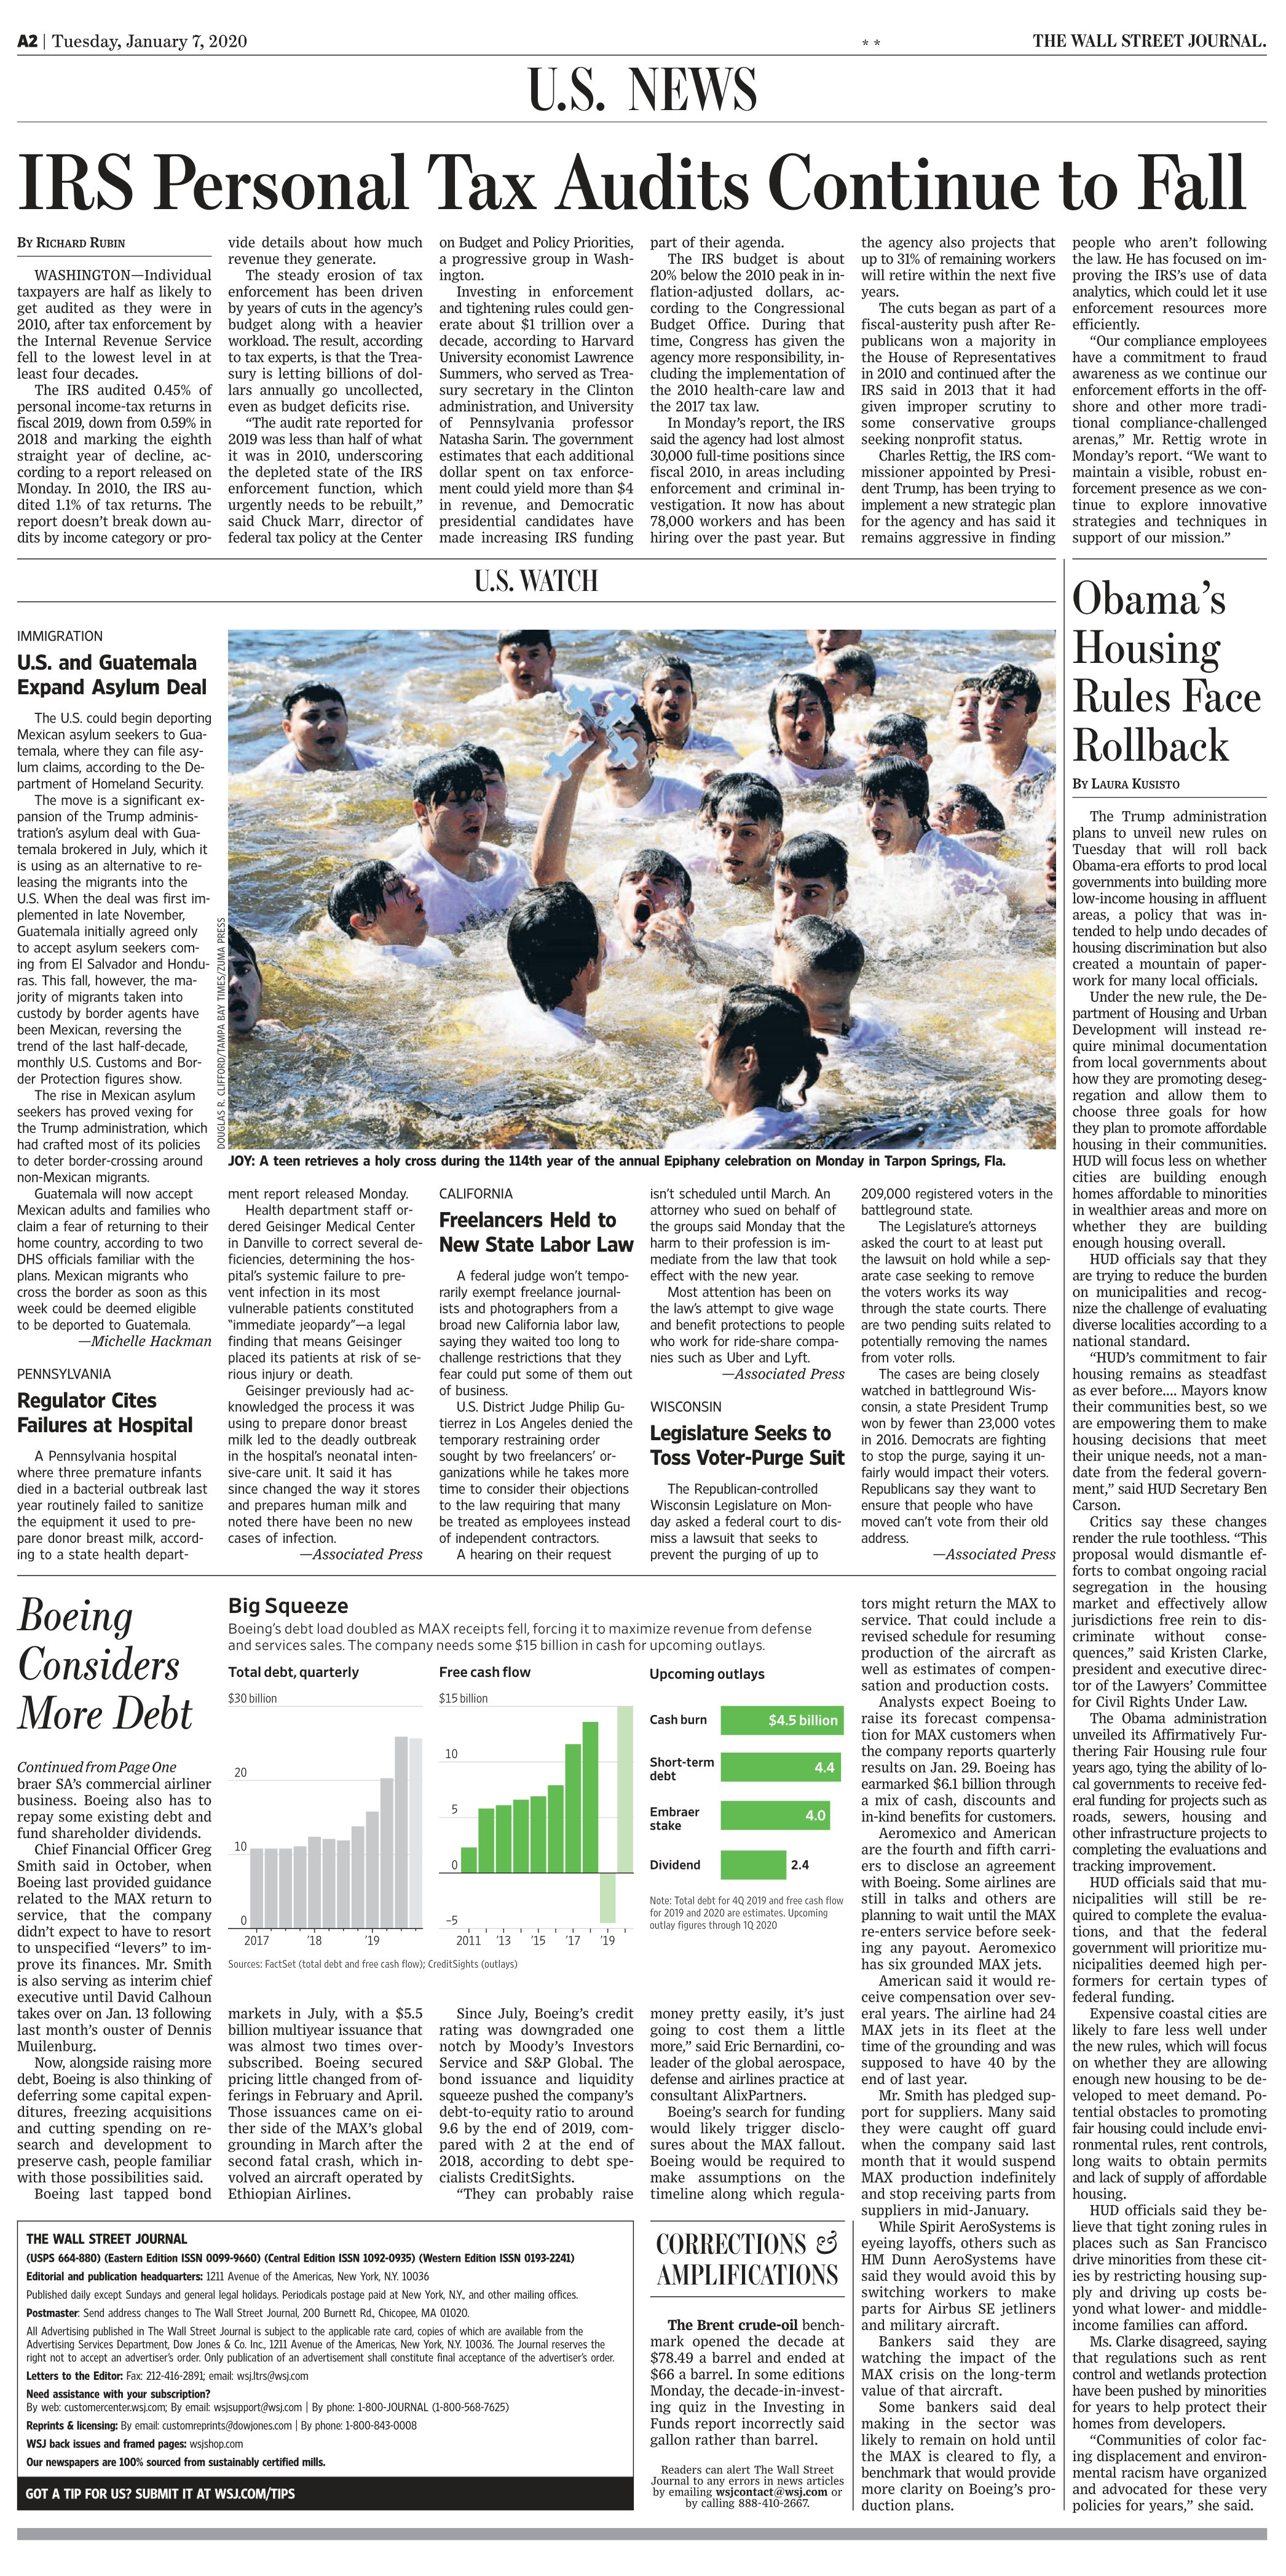
Language: en